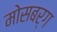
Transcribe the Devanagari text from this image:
मोसबर्ग